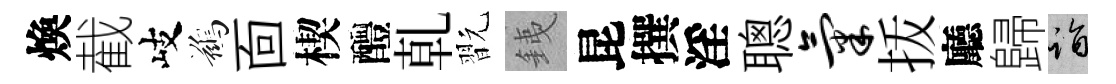
煥截岐鷀靣楔醴乹翫銕昆撰淫聰气㧞廳歸诣